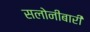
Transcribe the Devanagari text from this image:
सलोनीबारी